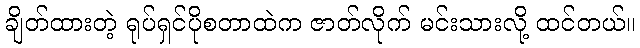
ချိတ်ထားတဲ့ ရုပ်ရှင်ပိုစတာထဲက ဇာတ်လိုက် မင်းသားလို့ ထင်တယ်။